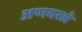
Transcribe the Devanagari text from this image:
अणवस्त्रे